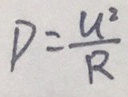
D = \frac { U ^ { 2 } } { R }